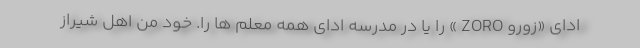
اداى «زورو ZORO » را يا در مدرسه اداى همه معلم ها را. خود من اهل شيراز